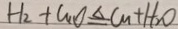
H _ { 2 } + C u O \xlongequal { \Delta } C u + H _ { 2 } O